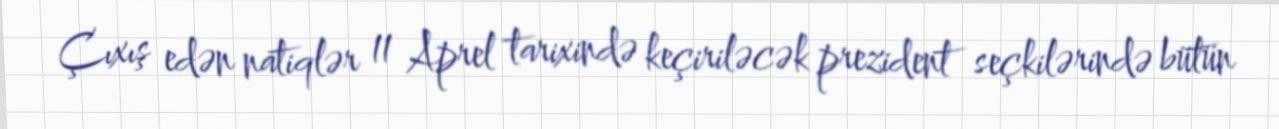
Çıxış edən natiqlər 11 Aprel tarixində keçiriləcək prezident seçkilərində bütün